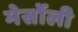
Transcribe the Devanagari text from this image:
मेर्सोली